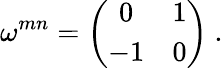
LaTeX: \omega^{mn}=\left(\begin{array}{cc}{{0}}&{{1}}\\ {{-1}}&{{0}}\end{array}\right)\ .